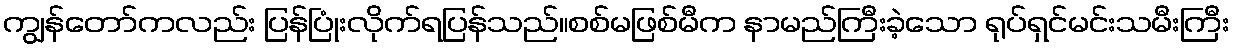
ကျွန်တော်ကလည်း ပြန်ပြုံးလိုက်ရပြန်သည်။စစ်မဖြစ်မီက နာမည်ကြီးခဲ့သော ရုပ်ရှင်မင်းသမီးကြီး